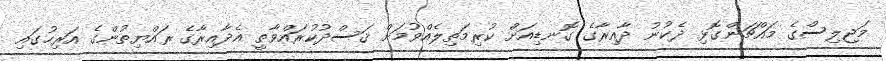
މަޖިލިސްގެ މައްޗަންގޮޅި ދެކުނު ދާއިރާގެ ގޮނޑިއަށް ކުރިމަތިލެއްވުމަށް ޤަސްދުކުރައްވާތީ އެދާއިރާގެ ރައްޔިތުންގެ އަރިހުގައި